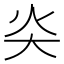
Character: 𡗩